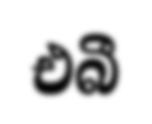
එබී